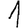
Digit: 1